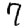
Digit: 7